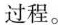
过程。